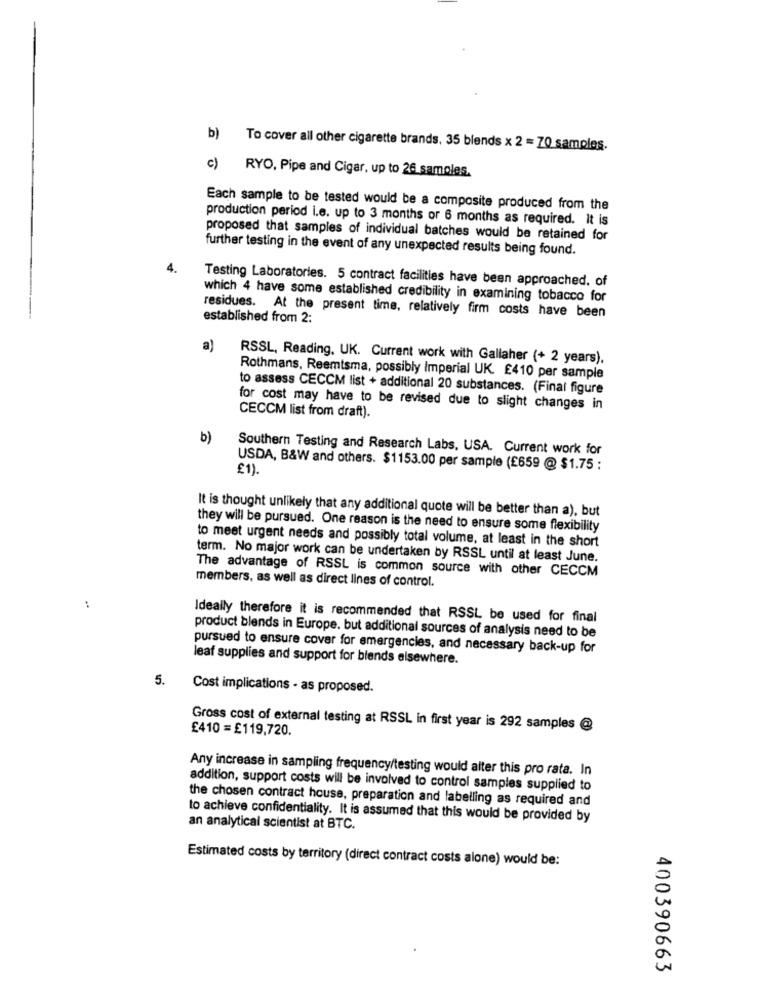
b) To cover all other cigarette brands. 35 blends x 2 = 70 samples.
c) RYO, Pipe and Cigar, up to 26 samoles.
Each sample to be tested would be a composite produced from the
production period i.e. up to 3 months or 6 months as required. It is
proposed that samples of individual batches would be retained for
further testing in the event of any unexpected results being found.
4.
Testing Laboratories. 5 contract facilities have been approached, of
which 4 have some established credibility in examining tobacco for
residues. At the present time, relatively firm costs have been
established from 2:
a)
RSSL, Reading, UK. Current work with Gallaher (+ 2 years).
Rothmans, Reemtsma, possibly Imperial UK. £410 per sample
to assess CECCM list + additional 20 substances. (Final figure
for cost may have to be revised due to slight changes in
CECCM list from draft).
b)
Southern Testing and Research Labs, USA. Current work for
€1)
USDA, B&W and others. $1153.00 per sample (£659 @ $1.75 :
It is thought unlikely that any additional quote will be better than a), but
they will be pursued. One reason is the need to ensure some flexibility
to meet urgent needs and possibly total volume, at least in the short
term. No major work can be undertaken by RSSL until at least June.
The advantage of RSSL is common source with other CECCM
members, as well as direct lines of control.
Ideally therefore it is recommended that RSSL be used for final
product blends in Europe. but additional sources of analysis need to be
pursued to ensure cover for emergencies, and necessary back-up for
leaf supplies and support for blends elsewhere.
5.
Cost implications - as proposed.
£410 = £119,720.
Gross cost of external testing at RSSL in first year is 292 samples @
Any increase in sampling frequency/testing would alter this pro rata. In
addition, support costs will be involved to control samples supplied to
the chosen contract house, preparation and labelling as required and
to achieve confidentiality. It is assumed that this would be provided by
an analytical scientist at BTC.
Estimated costs by territory (direct contract costs alone) would be:
400390663